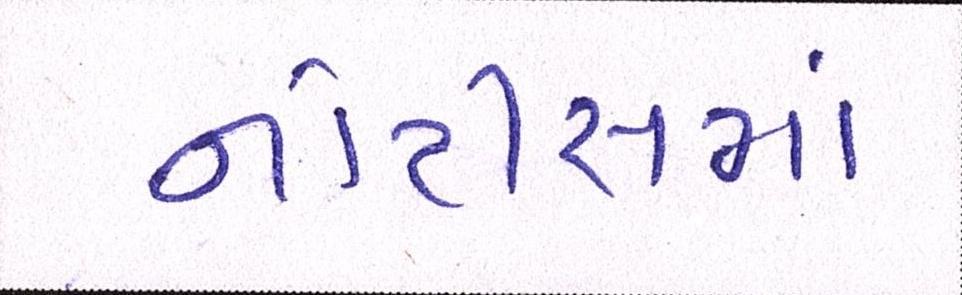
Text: નોટીસમાં